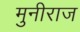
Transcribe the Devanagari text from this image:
मुनीराज